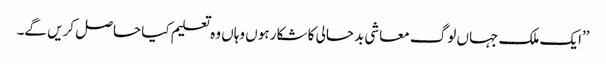
’’ایک ملک جہاں لوگ معاشی بدحالی کا شکار ہوں وہاں وہ تعلیم کیا حاصل کریں گے۔